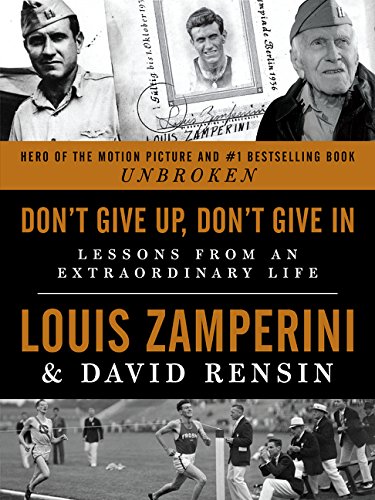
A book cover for Don't Give Up, Don't Give In: Lessons from an Extraordinary Life; Louis Zamperini; Biographies & Memoirs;